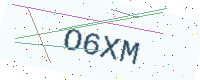
Text: O6XM